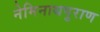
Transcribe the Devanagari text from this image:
नेमिनाथपुराण